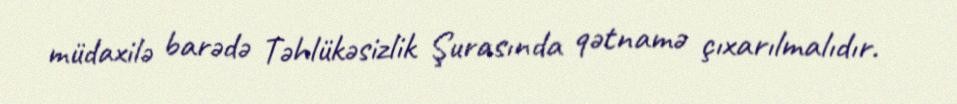
müdaxilə barədə Təhlükəsizlik Şurasında qətnamə çıxarılmalıdır.